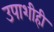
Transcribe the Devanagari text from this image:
उपाशीही